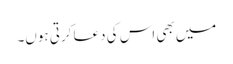
میں بھی اس کی دعا کرتی ہوں۔